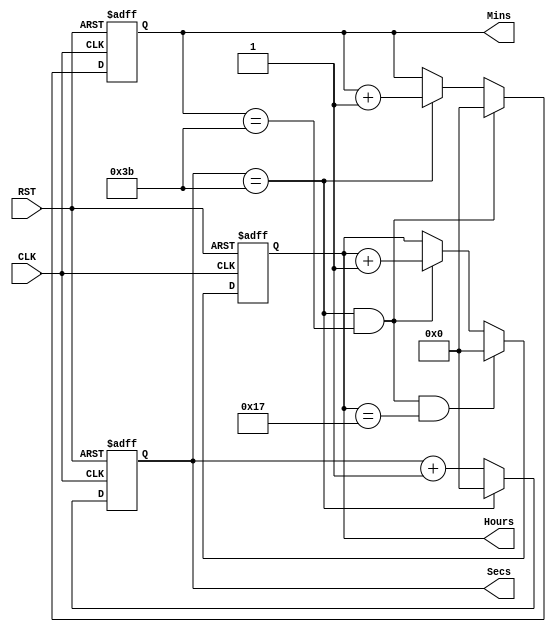
`timescale 1ns / 1ps

module calendar(
    input CLK,   // Clock input
    input RST,   // Active high reset signal
    output reg [5:0] Hours, // 6-bit output for hours
    output reg [5:0] Mins,  // 6-bit output for minutes
    output reg [5:0] Secs   // 6-bit output for seconds
);

    // Update seconds
    always @(posedge CLK or posedge RST) begin
        if (RST) begin
            Secs <= 0;
        end else if (Secs == 59) begin
            Secs <= 0;
        end else begin
            Secs <= Secs + 1;
        end
    end

    // Update minutes
    always @(posedge CLK or posedge RST) begin
        if (RST) begin
            Mins <= 0;
        end else if (Secs == 59 && Mins == 59) begin
            Mins <= 0;
        end else if (Secs == 59) begin
            Mins <= Mins + 1;
        end
    end

    // Update hours
    always @(posedge CLK or posedge RST) begin
        if (RST) begin
            Hours <= 0;
        end else if (Secs == 59 && Mins == 59 && Hours == 23) begin
            Hours <= 0;
        end else if (Secs == 59 && Mins == 59) begin
            Hours <= Hours + 1;
        end
    end

endmodule